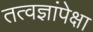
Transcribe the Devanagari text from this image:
तत्वज्ञांपेक्षा